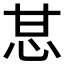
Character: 𰢧